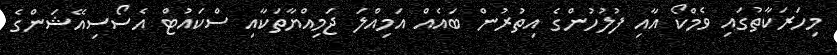
މިހަރަކާތުގައި ވެމްކޯ އާއި ފުލުހުންގެ އިތުރުން ބައެއް އަމިއްލަ ޖަމިއްޔާތަކާއި ސްކައުޓް އެސޯސިއޭޝަންގެ